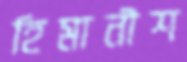
হিমানীশ